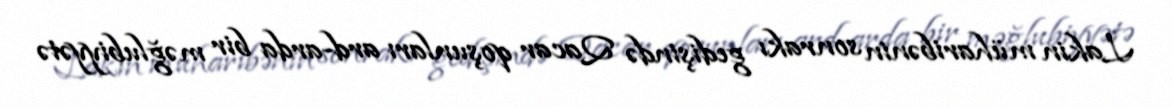
Lakin müharibənin sonrakı gedişində Qacar qoşunları ard-arda bir məğlubiyyətə